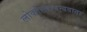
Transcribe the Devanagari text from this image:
लोकोत्तरानन्ददाता